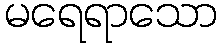
မရေရာသော